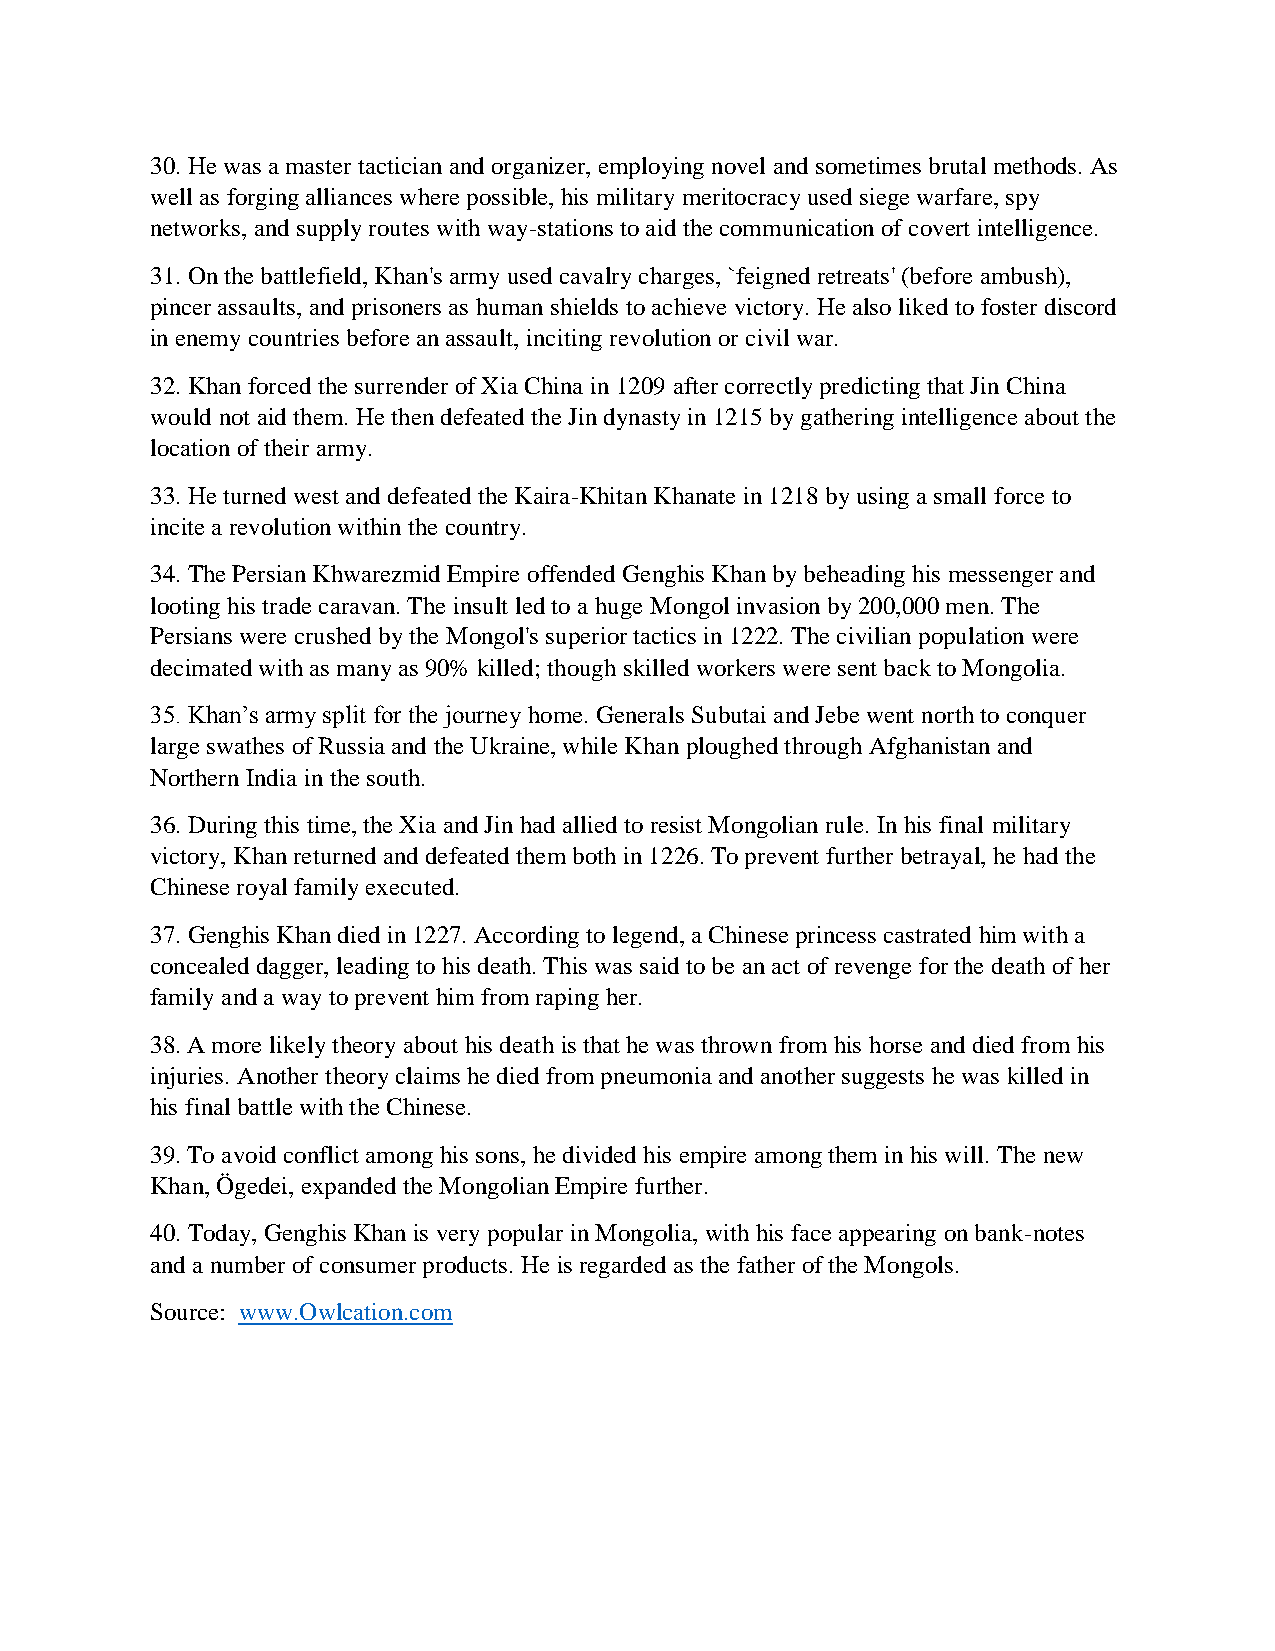
30. He was a master tactician and organizer, employing novel and sometimes brutal methods. As
 well as forging alliances where possible, his military meritocracy used siege warfare, spy
 networks, and supply routes with way-stations to aid the communication of covert intelligence.
 31. On the battlefield, Khan's army used cavalry charges, `feigned retreats' (before ambush),
 pincer assaults, and prisoners as human shields to achieve victory. He also liked to foster discord
 in enemy countries before an assault, inciting revolution or civil war.
 32. Khan forced the surrender of Xia China in 1209 after correctly predicting that Jin China
 would not aid them. He then defeated the Jin dynasty in 1215 by gathering intelligence about the
 location of their army.
 33. He turned west and defeated the Kaira-Khitan Khanate in 1218 by using a small force to
 incite a revolution within the country.
 34. The Persian Khwarezmid Empire offended Genghis Khan by beheading his messenger and
 looting his trade caravan. The insult led to a huge Mongol invasion by 200,000 men. The
 Persians were crushed by the Mongol's superior tactics in 1222. The civilian population were
 decimated with as many as 90% killed; though skilled workers were sent back to Mongolia.
 35. Khan’s army split for the journey home. Generals Subutai and Jebe went north to conquer
 large swathes of Russia and the Ukraine, while Khan ploughed through Afghanistan and
 Northern India in the south.
 36. During this time, the Xia and Jin had allied to resist Mongolian rule. In his final military
 victory, Khan returned and defeated them both in 1226. To prevent further betrayal, he had the
 Chinese royal family executed.
 37. Genghis Khan died in 1227. According to legend, a Chinese princess castrated him with a
 concealed dagger, leading to his death. This was said to be an act of revenge for the death of her
 family and a way to prevent him from raping her.
 38. A more likely theory about his death is that he was thrown from his horse and died from his
 injuries. Another theory claims he died from pneumonia and another suggests he was killed in
 his final battle with the Chinese.
 39. To avoid conflict among his sons, he divided his empire among them in his will. The new
 Khan, Ögedei, expanded the Mongolian Empire further.
 40. Today, Genghis Khan is very popular in Mongolia, with his face appearing on bank-notes
 and a number of consumer products. He is regarded as the father of the Mongols.
 Source: www.Owlcation.com